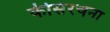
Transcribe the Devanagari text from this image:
कीसंरचना